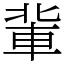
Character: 軰